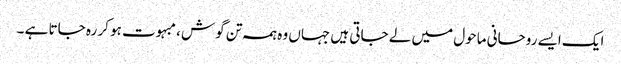
ایک ایسے روحانی ماحول میں لے جاتی ہیں جہاں وہ ہمہ تن گوش ، مبہوت ہو کر رہ جاتا ہے ۔